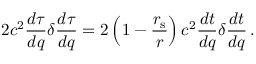
2 c ^ { 2 } { \frac { d \tau } { d q } } \delta { \frac { d \tau } { d q } } = 2 \left( 1 - { \frac { r _ { \mathrm { { s } } } } { r } } \right) c ^ { 2 } { \frac { d t } { d q } } \delta { \frac { d t } { d q } } \, .